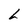
Character: L